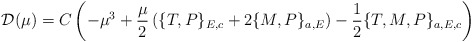
\begin{align*}\mathcal{D}(\mu)=C\left(-\mu^3+\frac{\mu}{2}\left(\{T,P\}_{E,c}+2\{M,P\}_{a,E}\right)-\frac{1}{2}\{T,M,P\}_{a,E,c}\right)\end{align*}